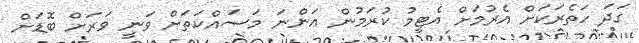
ގަދަ ހަތެރަކަށް އެރުމަށް އެޓީމު ކުރަމުން އަންނަ މަސައްކަތަށް ވަނީ ވަރަށް ބޮޑަށް